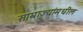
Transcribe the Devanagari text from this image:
साम्राज्यांमधील